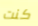
كنت